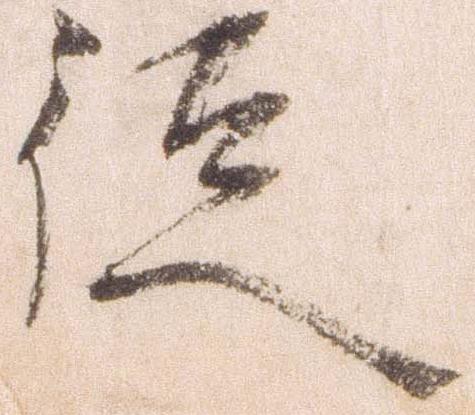
徒